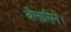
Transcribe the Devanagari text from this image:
बैलासिने।